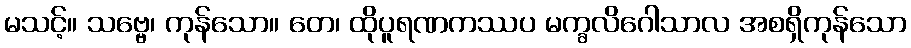
မသင့်။ သဗ္ဗေ၊ ကုန်သော။ တေ၊ ထိုပူရဏကဿပ မက္ခလိဂေါသာလ အစရှိကုန်သော